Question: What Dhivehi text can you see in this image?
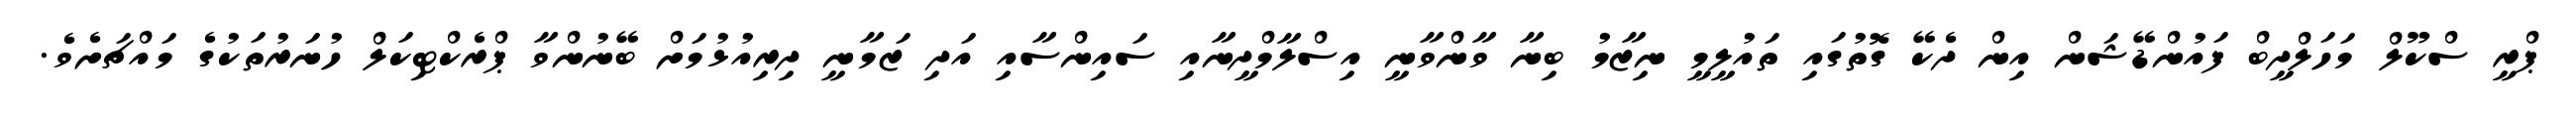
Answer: ޕްރީ ސްކޫލް މަހަލްދީބް ފައުންޑޭޝަން އިން ދެކޭ ގޮތުގައި ތައުލީމީ ނިޒާމު ބިނާ ވާންވާނީ އިސްލާމްދީނާއި ސައިންސާއި އަދި ޒަމާނީ ދިރިއުޅުމަށް ބޭނުންވާ ޕްރެކްޓިކަލް ހުނަރުތަކުގެ މައްޗަށެވެ.